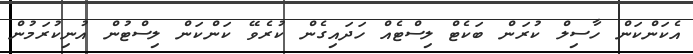
އެކަންކަން ހާސިލް ކުރަން ބަކެޓް ލިސްޓެއް ހަދައިގެން ކުރެވޭ ކަންކަން ލިސްޓުން އުނިކުރަމުން